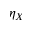
\eta _ { X }